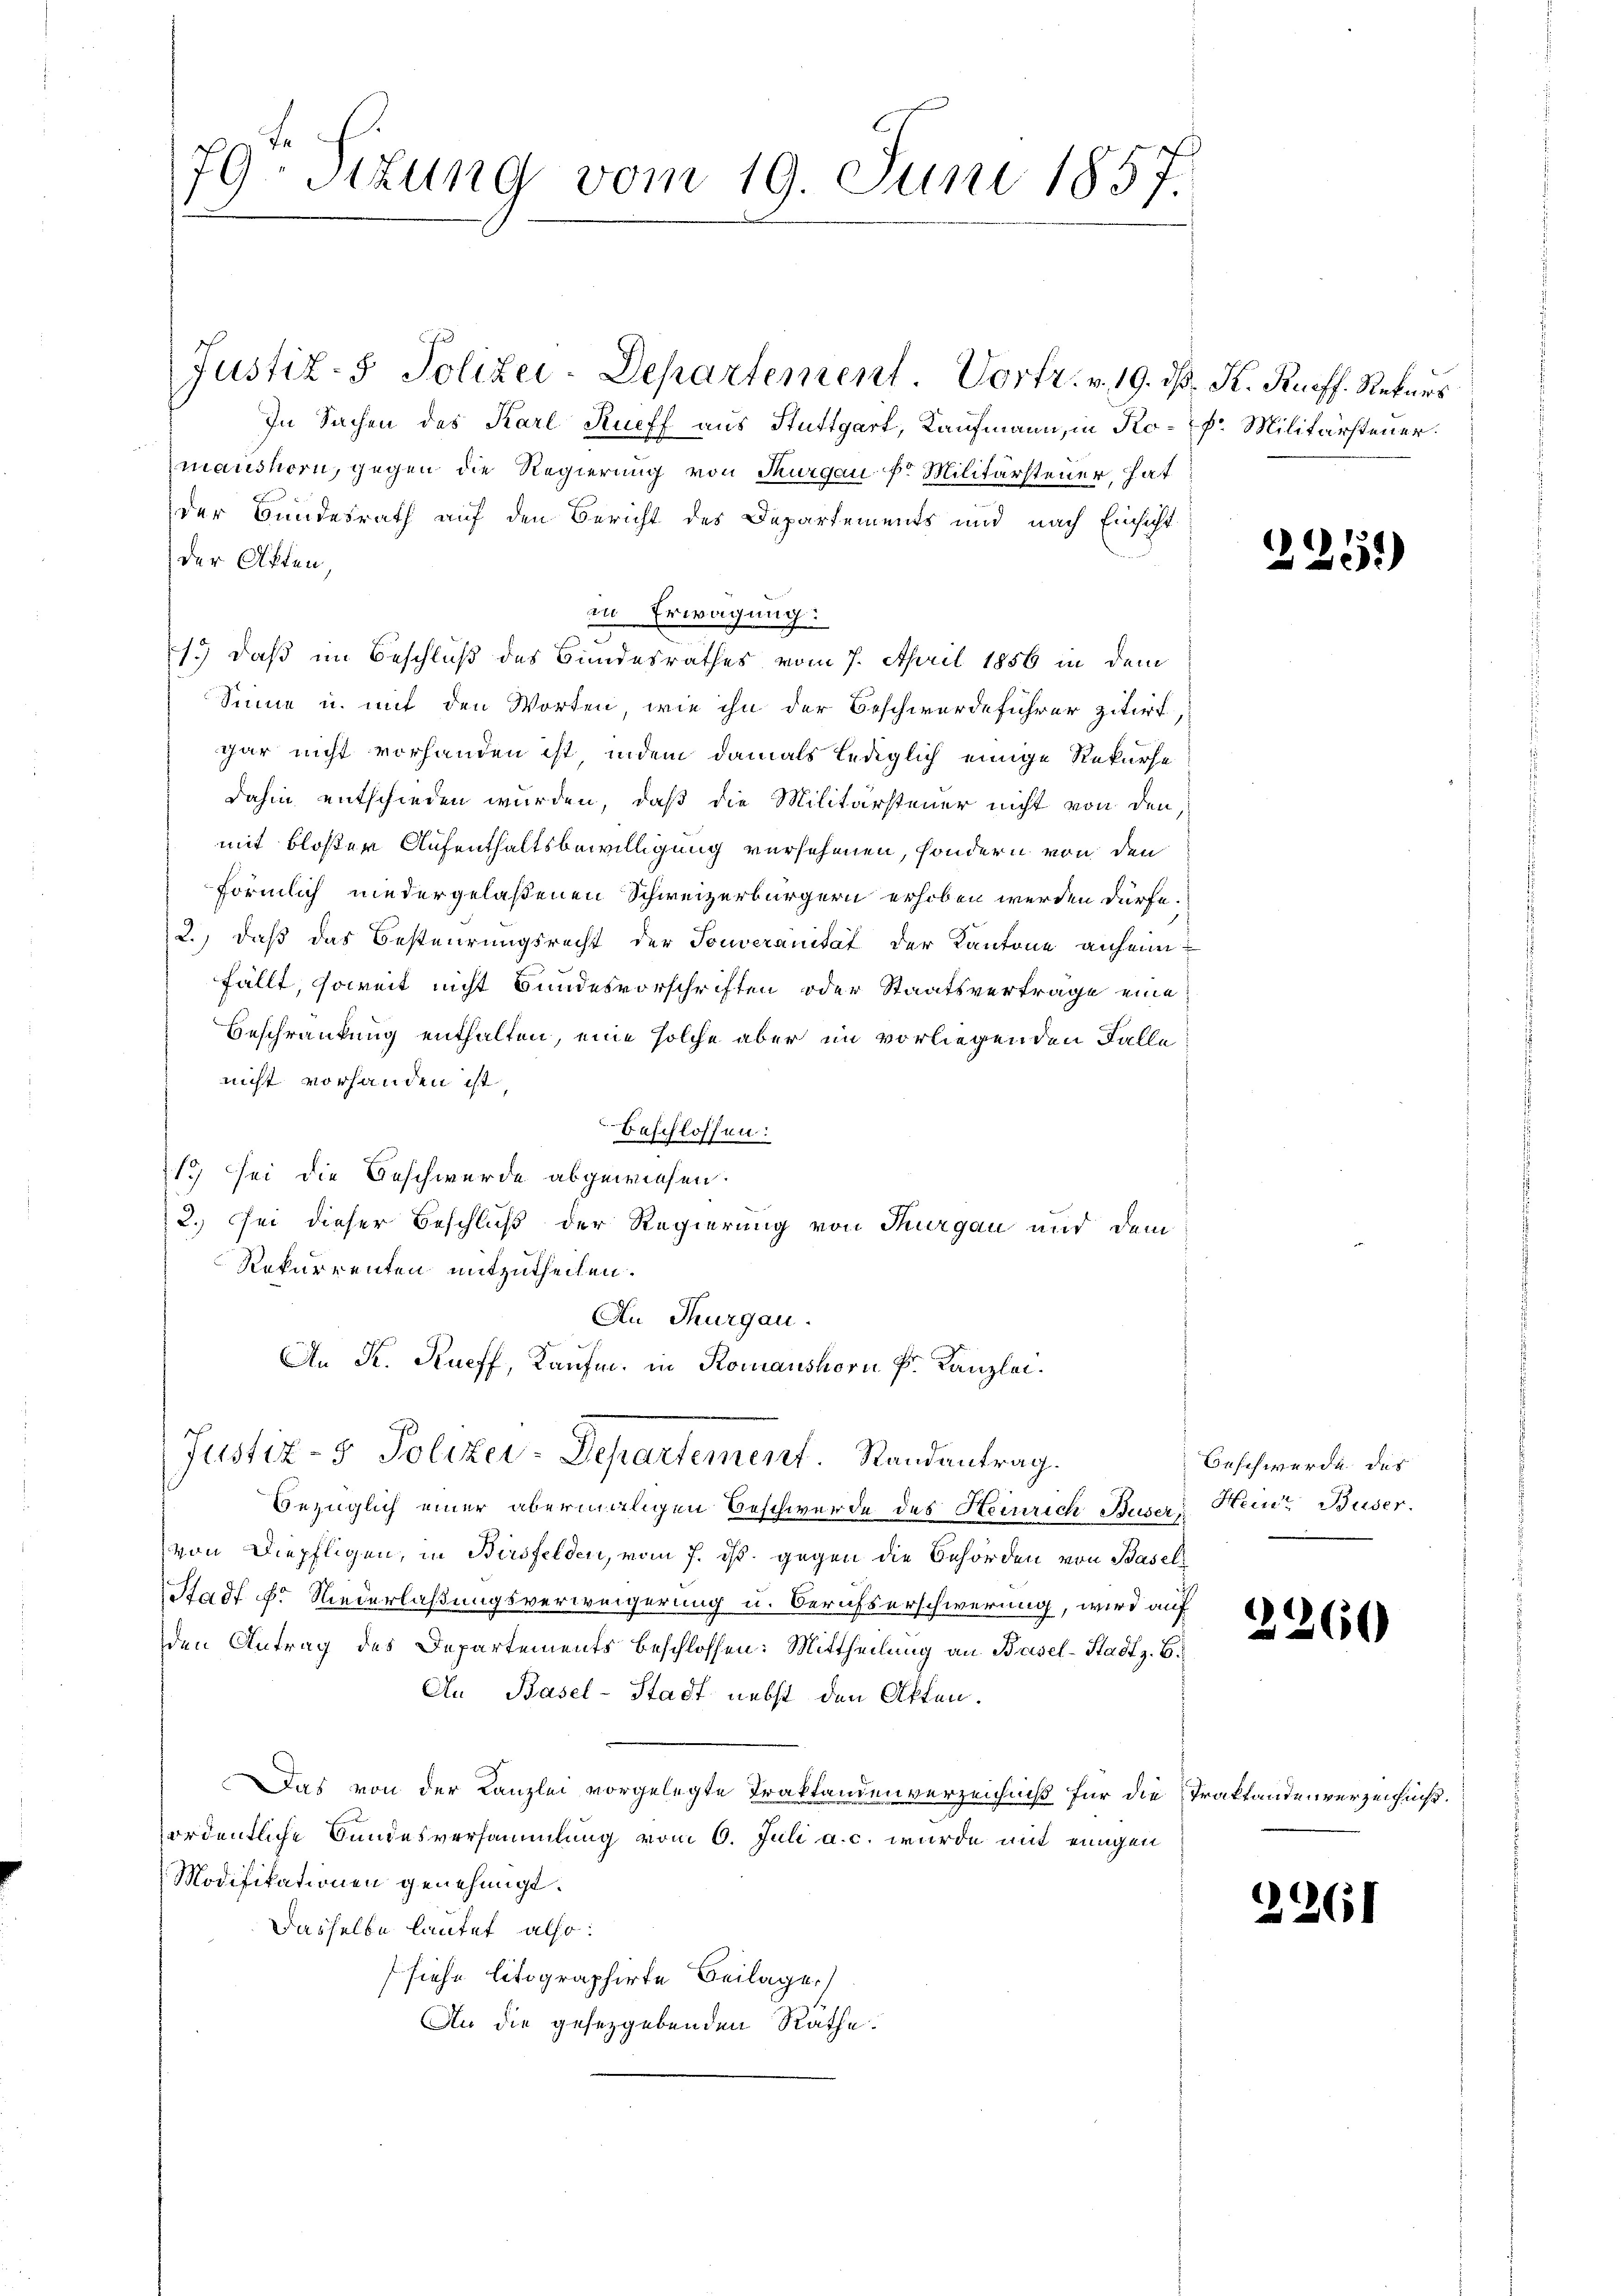
79. Situng vom 19. Juni 1857.

Justiz- & Polizei-Departement. Vortr. v. 19. d. K. Rueff. Rekurs
In Sachen des Karl Rueff aus Stuttgart, Kaufmann, in Kopf. Militärsteuer.
manshorn, gegen die Regierung von Thurgau fr Militärsteuer, hat
der Bundesrath auf den Bericht des Departements und nach Einsicht
der Akten,
in Erwägung:
e
1.) Daß im Beschluß des Bundesrathes vom 7. April 1856 in dem
Sinne u. mit den Worten, wie ihn der Beschwerdeführer zitirt
gar nicht vorhanden ist, indem damals lediglich einige Rekurse
dahin entschieden wurden, daß die Militärsteuer nicht von den
mit bloßer Aufenthaltsbewilligung versehenen, sondern von den
förmlich niedergelaßenen Schweizerbürgern erhoben werden dürfe.
2.) daß das Besteurungsrecht der Souveranität der Kantone anheim
fällt, soweit nicht Bundesvorschriften oder Staatsvertrage eine
Beschränkung enthalten, eine solche aber im vorliegenden Falle
nicht vorhanden ist.
beschlossen:
19 sei die Beschwerde abgewiesen.
2.) Sei dieser Beschluß der Regierung von Thurgau und dem
Rekurrenten mitzutheilen.
An Thurgau.
An K. Rueff, Kaufm. in Romanshorn k. Kanzlei.
Justiz- & Polizei-Departement. Randantrag.
Bezüglich einer abermaligen Beschwerde des Heinrich Buser Heine Buser.
von Diepfligen, in Bersfelden, vom 7. ds. gegen die Behörden von Basel¬
Stadt f. Niederlaßungsverweigerung u. Beruhterschwerung, wird auf
den Antrag des Departements beschlossen: Mittheilung an Basel-Stadt z. B.
An Basel-Stadt nebst den Atten.
Das von der Kanzlei vorgelegte Traktandenverzeichniß für die Traktandenverzeichniß.
ordentliche Bundesversammlung vom 6. Juli a. c. wurde mit einigen
Modifikationen genehmigt.
Dasselbe lautet also:
siehe litographirte Beilage)
An die gesetzgebenden Räthe.

2251)

Beschwerde des

2260

2261